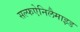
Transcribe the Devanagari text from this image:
सल्फऐनिलैमाइड